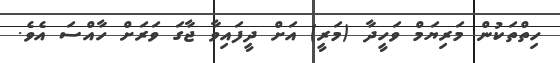
ހިތްތަކުން މަރިޔަމް ވަހީދާ (މަރީ) އަށް ދީފައިވާ ޖާގަ ވަރަށް ހާއްސަ އެވެ.